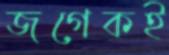
জগেকই